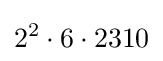
2^{2}\cdot 6\cdot 2310